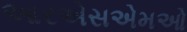
આરએસએમઓ